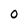
Character: O